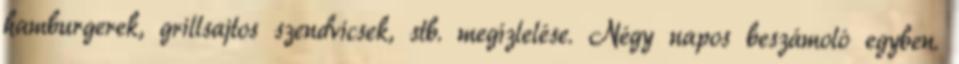
hamburgerek, grillsajtos szendvicsek, stb. megízlelése. Négy napos beszámoló egyben.